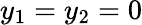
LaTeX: y_{1}=y_{2}=0